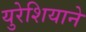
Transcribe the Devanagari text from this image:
युरेशियाने